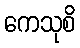
ကေသုစိ